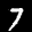
Label: 7